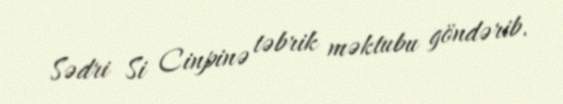
Sədri Si Cinpinə təbrik məktubu göndərib.